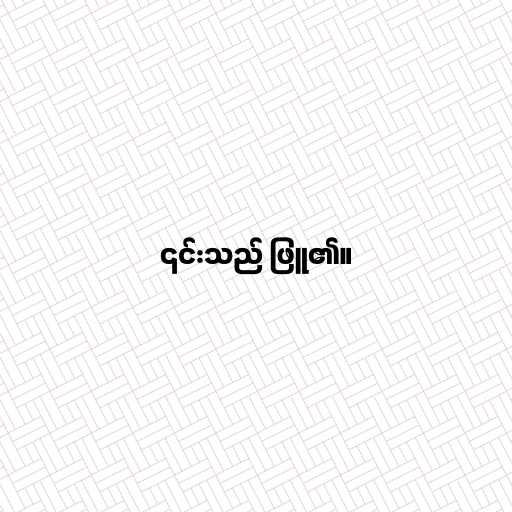
၎င်းသည် ဖြူ၏။